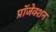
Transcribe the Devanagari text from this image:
प्रॉजेक्शन